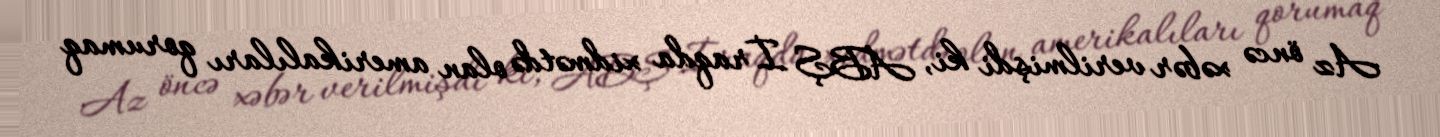
Az öncə xəbər verilmişdi ki, ABŞ İraqda xidmətdə olan amerikalıları qorumaq